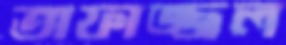
তাফাজ্জল